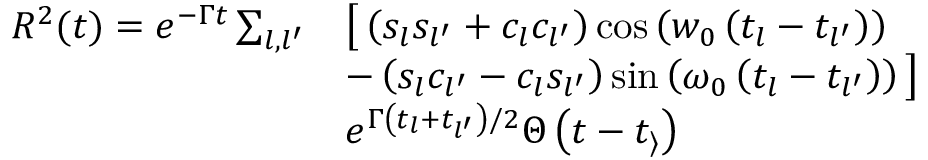
\begin{array} { r l } { R ^ { 2 } ( t ) = e ^ { - \Gamma t } \sum _ { l , l ^ { \prime } } } & { \big [ \left( s _ { l } s _ { l ^ { \prime } } + c _ { l } c _ { l ^ { \prime } } \right) \cos \left( w _ { 0 } \left( t _ { l } - t _ { l ^ { \prime } } \right) \right) } \\ & { - \left( s _ { l } c _ { l ^ { \prime } } - c _ { l } s _ { l ^ { \prime } } \right) \sin \left( \omega _ { 0 } \left( t _ { l } - t _ { l ^ { \prime } } \right) \right) \big ] } \\ & { e ^ { \Gamma \left( t _ { l } + t _ { l ^ { \prime } } \right) / 2 } \Theta \left( t - t _ { \rangle } \right) } \end{array}